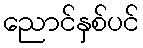
ညောင်နှစ်ပင်